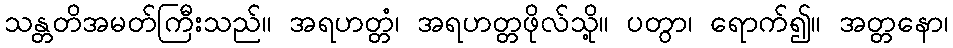
သန္တတိအမတ်ကြီးသည်။ အရဟတ္တံ၊ အရဟတ္တဖိုလ်သို့။ ပတွာ၊ ရောက်၍။ အတ္တနော၊